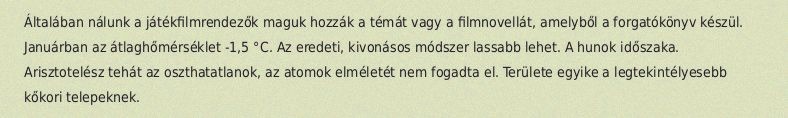
Általában nálunk a játékfilmrendezők maguk hozzák a témát vagy a filmnovellát, amelyből a forgatókönyv készül. Januárban az átlaghőmérséklet -1,5 °C. Az eredeti, kivonásos módszer lassabb lehet. A hunok időszaka. Arisztotelész tehát az oszthatatlanok, az atomok elméletét nem fogadta el. Területe egyike a legtekintélyesebb kőkori telepeknek.